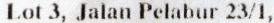
LOT 3, JALAN PELABUR 23/1,